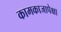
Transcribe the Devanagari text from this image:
कामकाजापेक्षा